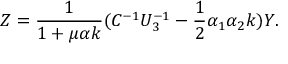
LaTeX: Z = { \frac { 1 } { 1 + \mu \alpha k } } ( C ^ { - 1 } U _ { 3 } ^ { - 1 } - { \frac { 1 } { 2 } } \alpha _ { 1 } \alpha _ { 2 } k ) Y .